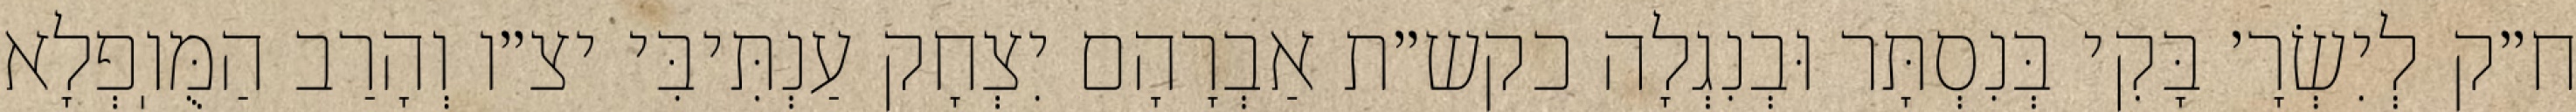
ח״ק לְיִשְׂרָ׳ בָּקִי בְּנִסְתָּר וּבְנִגְלָה כקש״ת אַבְרָהָם יִצְחָק עַנְתִּיבִּי יצ״ו וְהָרַב הַמֻּוֽפְלָא